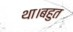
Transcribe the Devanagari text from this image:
था।बहुत